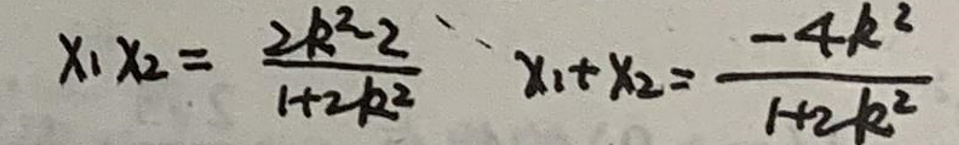
\[x_1x_2 = \frac{2k^2 - 2}{1 + 2k^2}, \quad x_1 + x_2 = \frac{-4k^2}{1 + 2k^2}\]